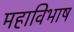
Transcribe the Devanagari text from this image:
महाविभाष